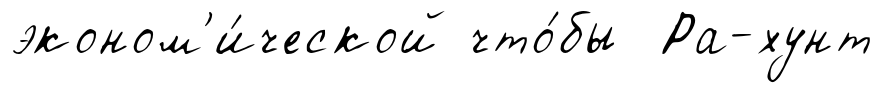
эконом'и́ческой что́бы Ра-хунт